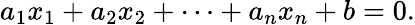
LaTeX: a_{1}x_{1}+a_{2}x_{2}+\cdots+a_{n}x_{n}+b=0.